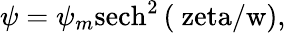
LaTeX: \psi=\psi_{m}\mathrm{{sech}^{2}\left(\ zeta/w\right),}